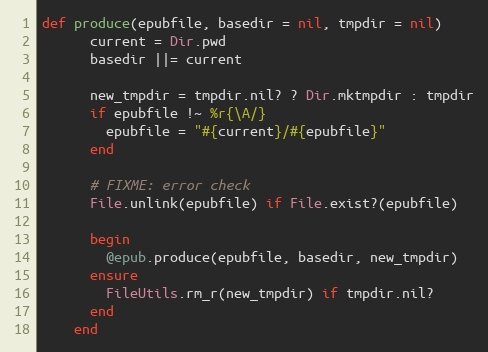
Language: Ruby
def produce(epubfile, basedir = nil, tmpdir = nil)
      current = Dir.pwd
      basedir ||= current

      new_tmpdir = tmpdir.nil? ? Dir.mktmpdir : tmpdir
      if epubfile !~ %r{\A/}
        epubfile = "#{current}/#{epubfile}"
      end

      # FIXME: error check
      File.unlink(epubfile) if File.exist?(epubfile)

      begin
        @epub.produce(epubfile, basedir, new_tmpdir)
      ensure
        FileUtils.rm_r(new_tmpdir) if tmpdir.nil?
      end
    end